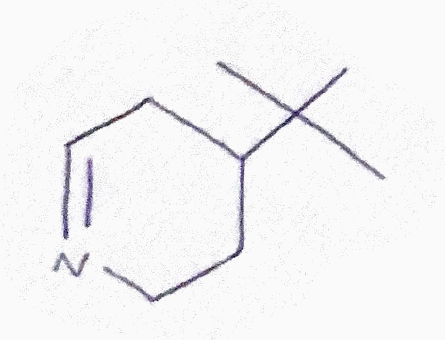
Simplified molecular-input line-entry system (SMILES) notation of the given molecule:
CC(C)(C)C1CCN=CC1